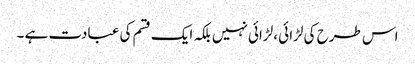
اس طرح کی لڑائی ،لڑائی نہیں بلکہ ایک قسم کی عبادت ہے ۔